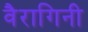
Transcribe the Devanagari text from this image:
वैरागिनी